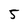
Character: 5